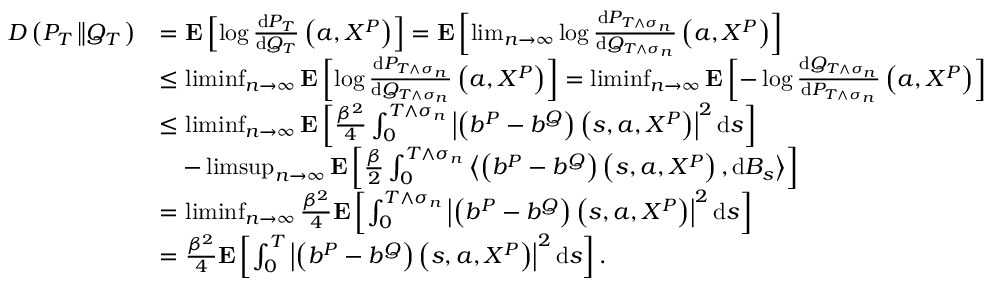
\begin{array} { r l } { D \left( P _ { T } \left\| Q _ { T } \right. \right) } & { = \mathbf { E } \left[ \log \frac { \mathrm { d } P _ { T } } { \mathrm { d } Q _ { T } } \left( a , X ^ { P } \right) \right] = \mathbf { E } \left[ \operatorname* { l i m } _ { n \to \infty } \log \frac { \mathrm { d } P _ { T \wedge \sigma _ { n } } } { \mathrm { d } Q _ { T \wedge \sigma _ { n } } } \left( a , X ^ { P } \right) \right] } \\ & { \le \operatorname* { l i m i n f } _ { n \to \infty } \mathbf { E } \left[ \log \frac { \mathrm { d } P _ { T \wedge \sigma _ { n } } } { \mathrm { d } Q _ { T \wedge \sigma _ { n } } } \left( a , X ^ { P } \right) \right] = \operatorname* { l i m i n f } _ { n \to \infty } \mathbf { E } \left[ - \log \frac { \mathrm { d } Q _ { T \wedge \sigma _ { n } } } { \mathrm { d } P _ { T \wedge \sigma _ { n } } } \left( a , X ^ { P } \right) \right] } \\ & { \le \operatorname* { l i m i n f } _ { n \to \infty } \mathbf { E } \left[ \frac { \beta ^ { 2 } } { 4 } \int _ { 0 } ^ { T \wedge \sigma _ { n } } \left| \left( b ^ { P } - b ^ { Q } \right) \left( s , a , X ^ { P } \right) \right| ^ { 2 } \mathrm { d } s \right] } \\ & { \quad - \operatorname* { l i m s u p } _ { n \to \infty } \mathbf { E } \left[ \frac { \beta } { 2 } \int _ { 0 } ^ { T \wedge \sigma _ { n } } \left\langle \left( b ^ { P } - b ^ { Q } \right) \left( s , a , X ^ { P } \right) , \mathrm { d } B _ { s } \right\rangle \right] } \\ & { = \operatorname* { l i m i n f } _ { n \to \infty } \frac { \beta ^ { 2 } } { 4 } \mathbf { E } \left[ \int _ { 0 } ^ { T \wedge \sigma _ { n } } \left| \left( b ^ { P } - b ^ { Q } \right) \left( s , a , X ^ { P } \right) \right| ^ { 2 } \mathrm { d } s \right] } \\ & { = \frac { \beta ^ { 2 } } { 4 } \mathbf { E } \left[ \int _ { 0 } ^ { T } \left| \left( b ^ { P } - b ^ { Q } \right) \left( s , a , X ^ { P } \right) \right| ^ { 2 } \mathrm { d } s \right] . } \end{array}